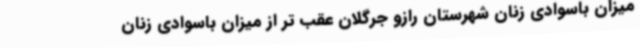
میزان باسوادی زنان شهرستان رازو جرگلان عقب تر از میزان باسوادی زنان